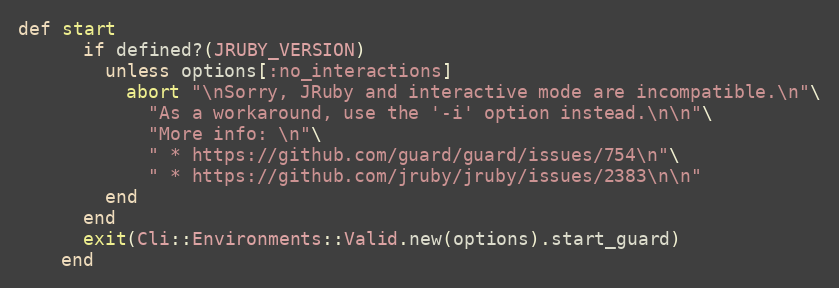
Language: Ruby
def start
      if defined?(JRUBY_VERSION)
        unless options[:no_interactions]
          abort "\nSorry, JRuby and interactive mode are incompatible.\n"\
            "As a workaround, use the '-i' option instead.\n\n"\
            "More info: \n"\
            " * https://github.com/guard/guard/issues/754\n"\
            " * https://github.com/jruby/jruby/issues/2383\n\n"
        end
      end
      exit(Cli::Environments::Valid.new(options).start_guard)
    end